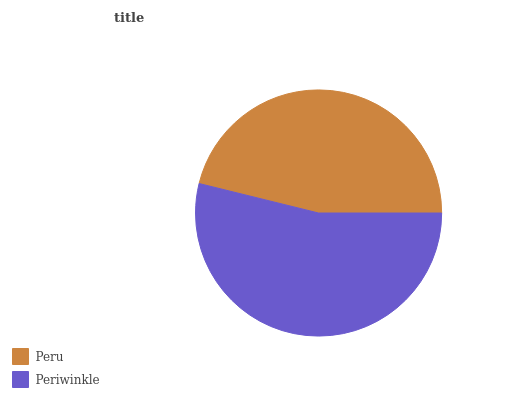
| Peru | Periwinkle |
 | --- | --- |
 | 46.2% | 53.8% |